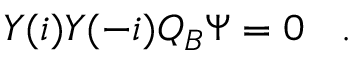
Y ( i ) Y ( - i ) Q _ { B } \Psi = 0 \left. \right. \ .